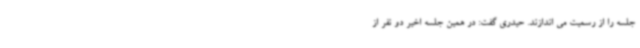
جلسه را از رسمیت می اندازند. حیدری گفت: در همین جلسه اخیر دو نفر از